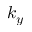
k _ { y }